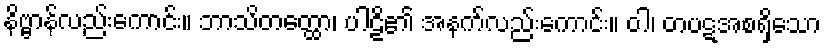
နိဗ္ဗာန်လည်းကောင်း။ ဘာသိတတ္ထော၊ ပါဠိ၏ အနက်လည်းကောင်း။ ဝါ၊ တပဋအစရှိသော